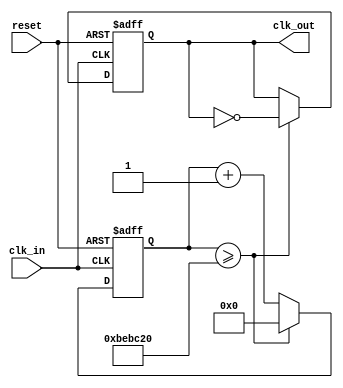
module parameterized_pll #(
    parameter INPUT_FREQ = 50_000_000, // Input frequency in Hz
    parameter OUTPUT_FREQ = 100_000_000, // Desired output frequency in Hz
    parameter DIVISION_FACTOR = OUTPUT_FREQ / INPUT_FREQ, // Division factor
    parameter LOOP_BW = 1_000_000 // Loop bandwidth in Hz
)(
    input wire clk_in, // Input clock
    input wire reset, // Asynchronous reset
    output reg clk_out // Output clock
);

    // Phase Detector
    reg [1:0] phase_error;
    
    always @(posedge clk_in or posedge reset) begin
        if (reset) begin
            phase_error <= 2'b00; // Reset phase error
        end else begin
            // Dummy phase comparison logic for illustration
            // In practice, use a proper phase detector such as a XOR gate
            // This is just a simple model for the phase error signal
            phase_error <= phase_error + 1; // Simulate phase error changing
        end
    end

    // Low Pass Filter
    reg [15:0] control_voltage;
    always @(posedge clk_in or posedge reset) begin
        if (reset) begin
            control_voltage <= 16'b0; // Reset control voltage
        end else begin
            control_voltage <= control_voltage + {14'b0, phase_error}; 
            // Simple integrative effect for control voltage
        end
    end

    // Voltage-Controlled Oscillator (VCO)
    reg [15:0] vco_frequency;
    always @(posedge clk_in or posedge reset) begin
        if (reset) begin
            vco_frequency <= 16'b0; // Reset VCO frequency
        end else begin
            // Adjust VCO frequency based on control voltage (simplified model)
            vco_frequency <= control_voltage / 16'h10; // Simple operation for illustration
        end
    end

    // Frequency Divider
    reg [31:0] divider_counter;
    always @(posedge clk_in or posedge reset) begin
        if (reset) begin
            divider_counter <= 32'b0; // Reset divider counter
            clk_out <= 1'b0; // Reset output clock
        end else begin
            if (divider_counter >= (INPUT_FREQ / (2 * DIVISION_FACTOR))) begin
                clk_out <= ~clk_out;
                divider_counter <= 32'b0; // Reset counter after toggling clock out
            end else begin
                divider_counter <= divider_counter + 1;
            end
        end
    end

endmodule